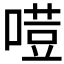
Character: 𠻼